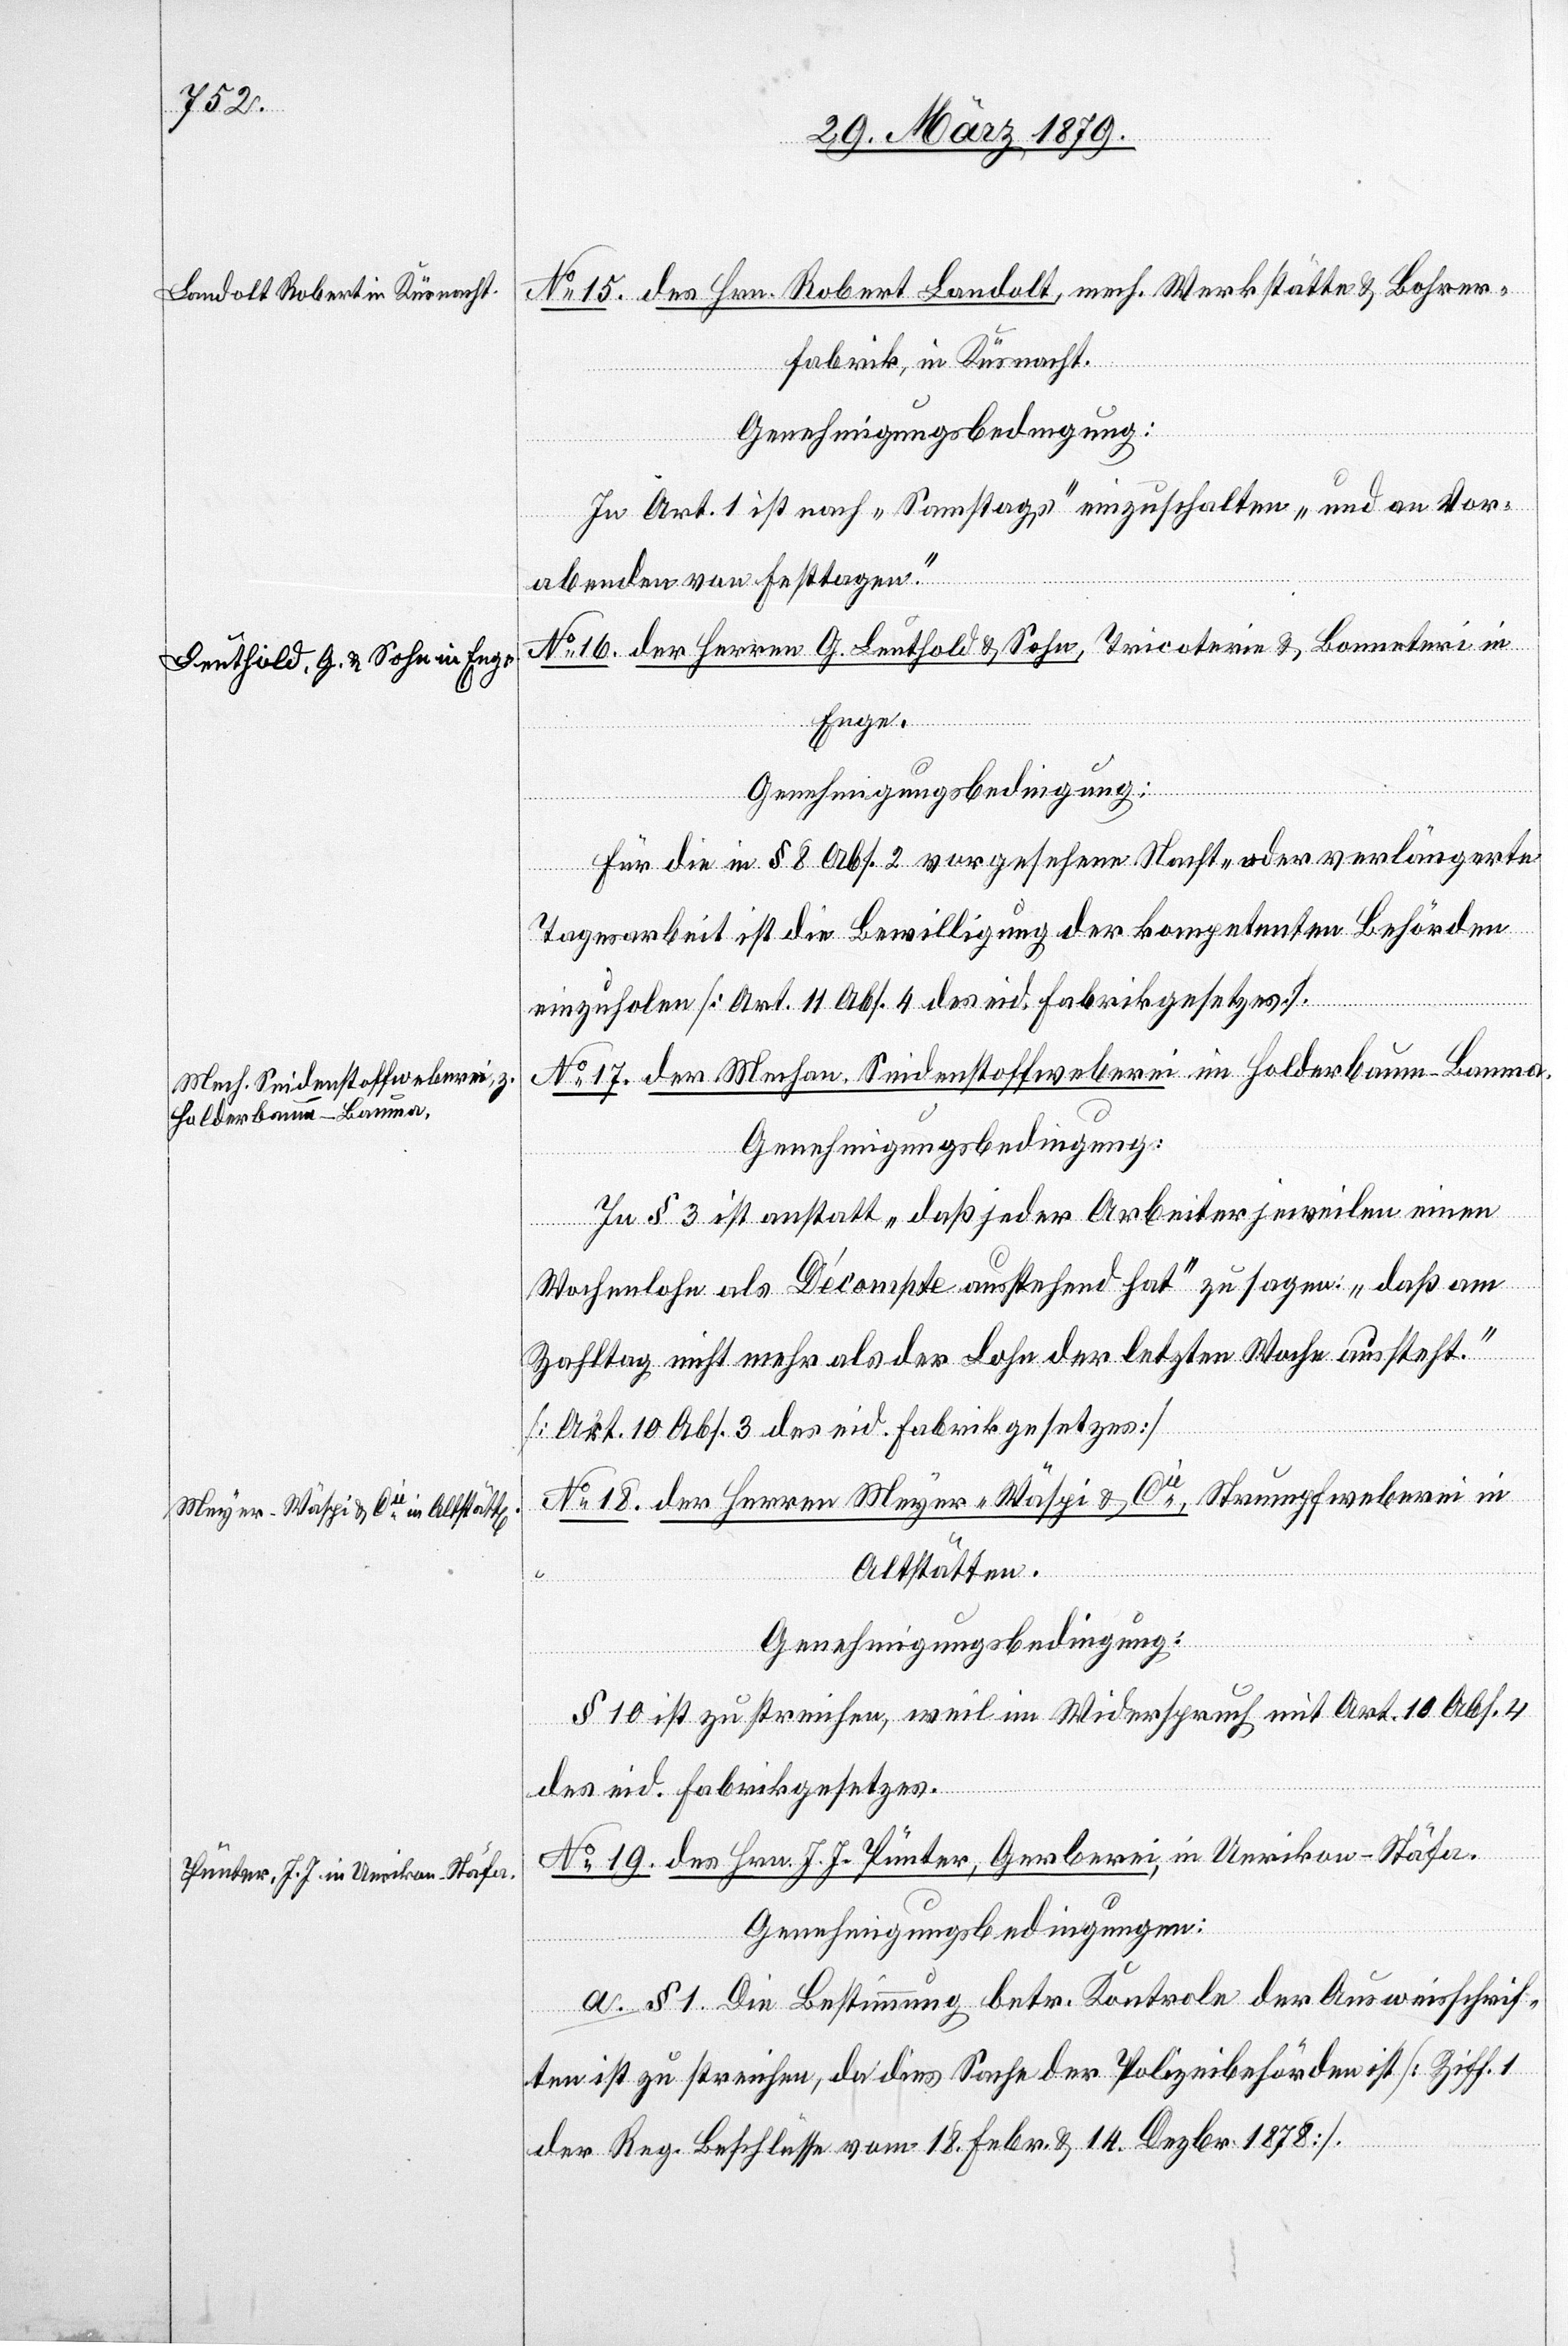
No 15. des Hrn. Robert Landolt, mech. Werkstätte & Bohrer¬
fabrik, in Küsnacht.
Genehmigungsbedingung:
In Art. 1 ist nach „Samstags“ einzuschalten „und an Vor¬
abenden von Festtagen“.
No 16. der Herren G. Leuthold & Sohn, Tricoterie & Bonneteri
Enge.
Genehmigungsbedingung:
Für die in § 8 Abs. 2 vorgesehene Nacht- oder verlängerte
Tagesarbeit ist die Bewilligung der kompetenten Behörden
einzuholen [Art. 11 Abs. 4 des eid. Fabrikgesetzes].
No 17. der Mechan. Seidenstoffweberei im Holderbaum - Bauma.
Genehmigungsbedingung:
In § 3 ist anstatt „daß jeder Arbeiter jeweilen einen
Wochenlohn als Décompte ausstehend hat“ zu sagen: „daß am
Zahltag nicht mehr als der Lohn der letzten Woch aussteht“.
[Art. 10 Abs. 3 des eid. Fabrikgesetzes].
No 18. der Herren Meyer-Wäspi & Cie, Strumpfweberei in
Altstätten.
Genehmigungsbedingung:
§ 10 ist zu streichen, weil im Widerspruch mit Art. 10 Abs. 4
in
des eid. Fabrikgesetzes.